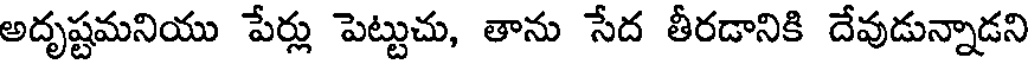
అదృష్టమనియు పేర్లు పెట్టుచు, తాను సేద తీరడానికి దేవుడున్నాడని